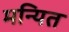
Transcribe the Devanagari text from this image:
मन्यित